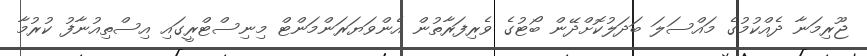
ޖޫރިމަނާ ދެއްކުމުގެ މައްސަލަ ބަދަލުކޮށްދޭން ބޯޓުގެ ވެރިފަރާތުން އެންވަޔަރަންމަންޓް މިނިސްޓްރީގައި އިސްތިއުނާފު ކުރުމާ